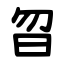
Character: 㫚